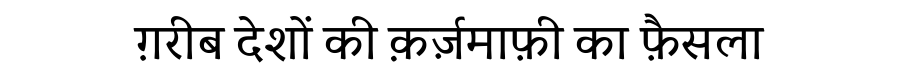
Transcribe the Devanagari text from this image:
ग़रीब देशों की क़र्ज़माफ़ी का फ़ैसला